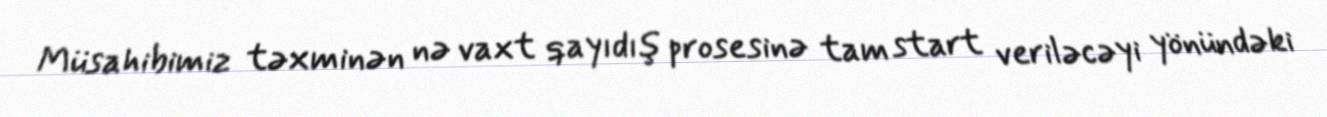
Müsahibimiz təxminən nə vaxt qayıdış prosesinə tam start veriləcəyi yönündəki